Lunatic asylums Central Provinces reports 1886-1894 - 1886-1894
Year: 1886
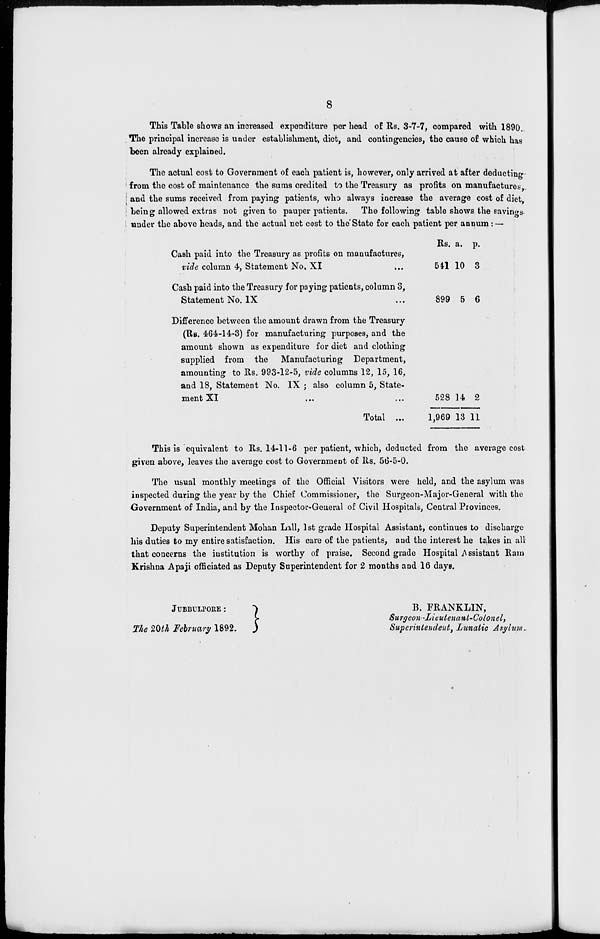
8
This Table shows an increased expenditure per head of Rs. 3-7-7, compared with 1890.
The principal increase is under establishment, diet, and contingencies, the cause of which has
been already explained.
The actual cost to Government of each patient is, however, only arrived at after deducting
from the cost of maintenance the sums credited to the Treasury as profits on manufactures,
and the sums received from paying patients, who always increase the average cost of diet,
being allowed extras not given to pauper patients. The following table shows the savings
under the above heads, and the actual net cost to the State for each patient per annum: —
Cash paid into the Treasury as profits on manufactures,
vide column 4, Statement No. XI ...
Cash paid into the Treasury for paying patients, column 3,
Statement No. IX ...
Difference between the amount drawn from the Treasury
(Rs. 464-14-3) for manufacturing purposes, and the
amount shown as expenditure for diet and clothing
supplied from the Manufacturing Department,
amounting to Rs. 993-12-5, vide columns 12, 15, 16,
and 18, Statement No. IX ; also column 5, State-
ment XI ... ...
Total ...
Rs.
541
899
528
1,969
a.
10
5
14
13
p.
3
6
2
11
This is equivalent to Rs. 14-11-6 per patient, which, deducted from the average cost
given above, leaves the average cost to Government of Rs. 56-5-0.
The usual monthly meetings of the Official Visitors were held, and the asylum was
inspected during the year by the Chief Commissioner, the Surgeon-Major-General with the
Government of India, and by the Inspector-General of Civil Hospitals, Central Provinces.
Deputy Superintendent Mohan Lall, 1st grade Hospital Assistant, continues to discharge
his duties to my entire satisfaction. His care of the patients, and the interest he takes in all
that concerns the institution is worthy of praise. Second grade Hospital Assistant Ram
Krishna Apaji officiated as Deputy Superintendent for 2 months and 16 days.
JUBBULPORE :
The 20th February 1892.
B. FRANKLIN,
Surgeon-Lieutenant-Colonel,
Superintendent, Lunatic Asylum.